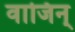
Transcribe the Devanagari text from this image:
वाजिन्